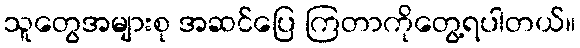
သူတွေအများစု အဆင်ပြေ ကြတာကိုတွေ့ရပါတယ်။